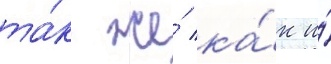
та́к же́ ка́к и́